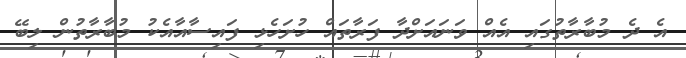
އެ ދެ މުބާރާތުގައި އެއް ވަނައަށްދާ ފަރާތައް ހުށަހެޅި ފައިސާއާއެކު މުބާރާތުން ލިބޭ